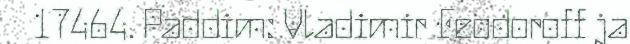
17464. Paddim: Vladimir Feodoroff ja